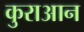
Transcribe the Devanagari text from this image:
कुराआन